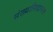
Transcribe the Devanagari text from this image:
संख्यासिद्धान्तात